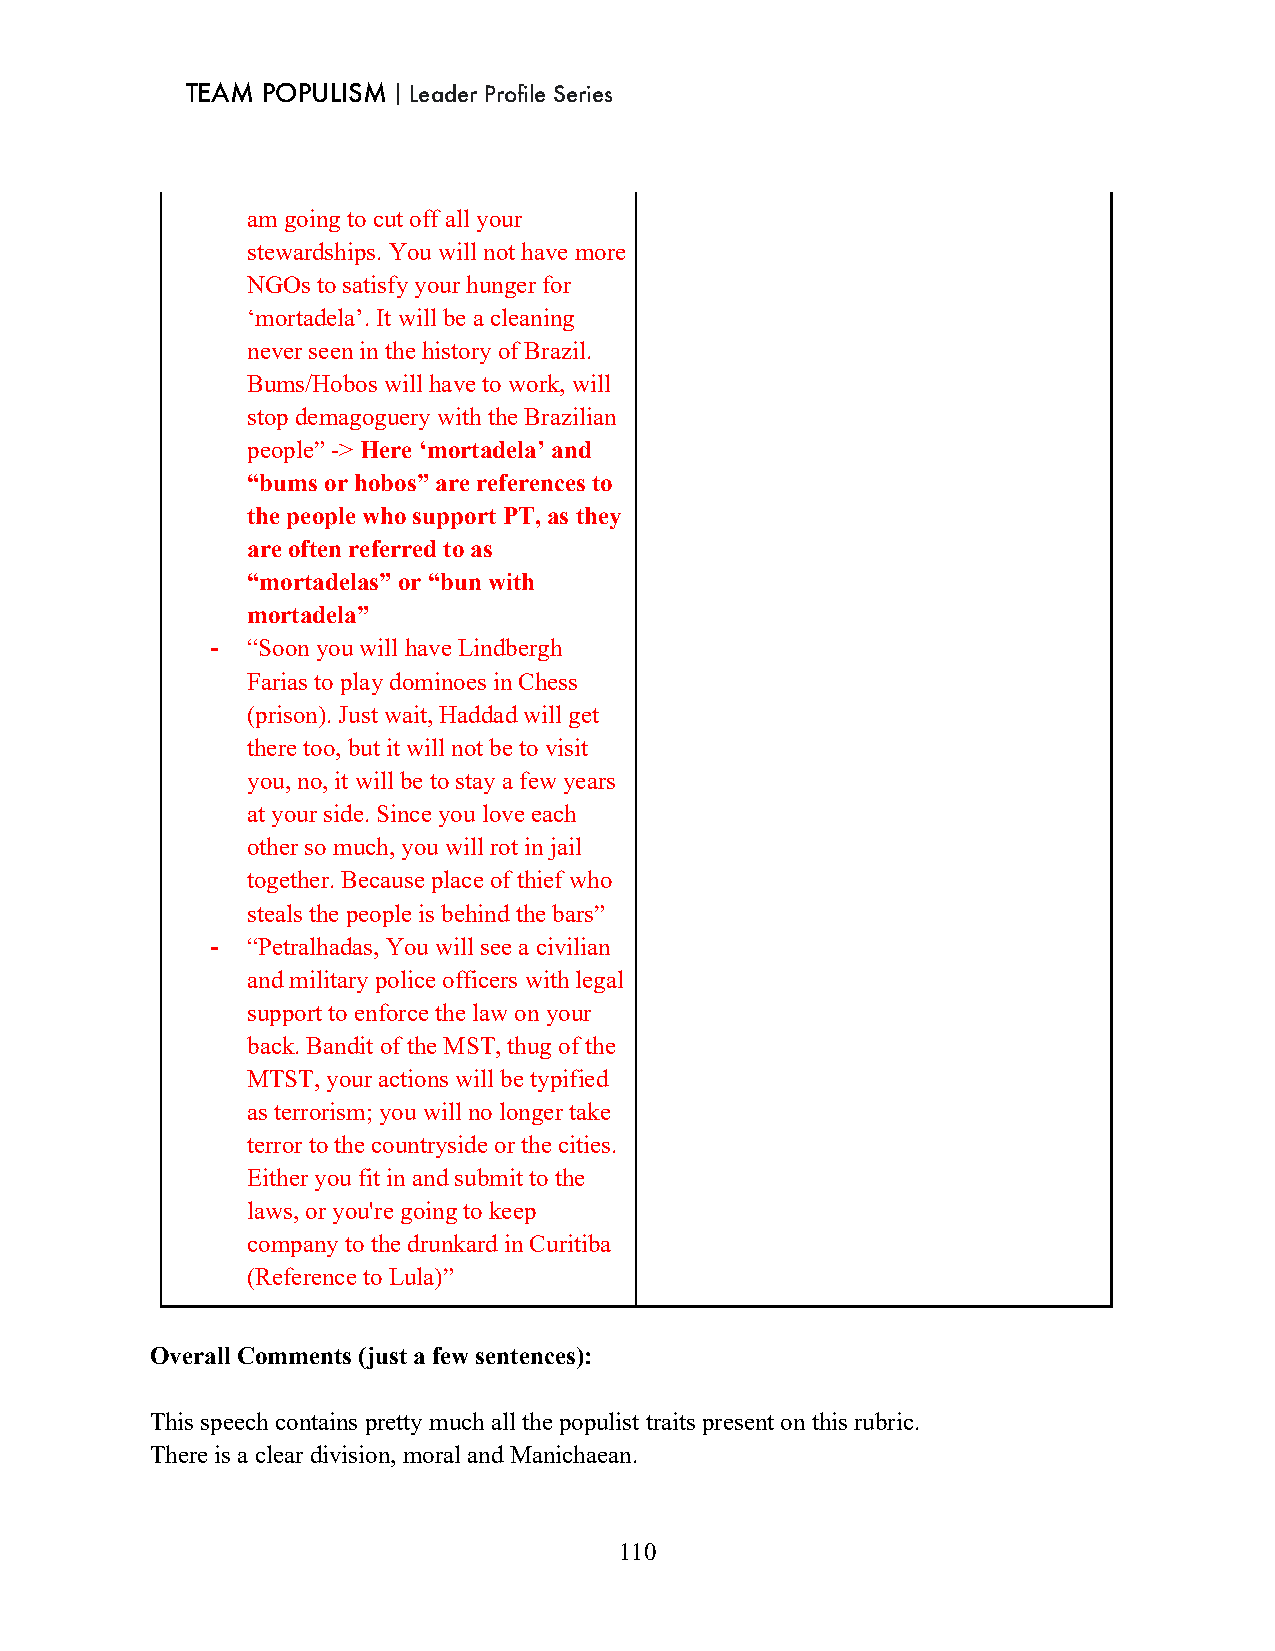
TEAM POPULISM｜Leader Profile Series
 am going to cut off all your
 stewardships. You will not have more
 NGOs to satisfy your hunger for
 ‘mortadela’. It will be a cleaning
 never seen in the history of Brazil.
 Bums/Hobos will have to work, will
 stop demagoguery with the Brazilian
 people” -> Here ‘mortadela’ and
 “bums or hobos” are references to
 the people who support PT, as they
 are often referred to as
 “mortadelas” or “bun with
 mortadela”
 - “Soon you will have Lindbergh
 Farias to play dominoes in Chess
 (prison). Just wait, Haddad will get
 there too, but it will not be to visit
 you, no, it will be to stay a few years
 at your side. Since you love each
 other so much, you will rot in jail
 together. Because place of thief who
 steals the people is behind the bars”
 - “Petralhadas, You will see a civilian
 and military police officers with legal
 support to enforce the law on your
 back. Bandit of the MST, thug of the
 MTST, your actions will be typified
 as terrorism; you will no longer take
 terror to the countryside or the cities.
 Either you fit in and submit to the
 laws, or you're going to keep
 company to the drunkard in Curitiba
 (Reference to Lula)”
 Overall Comments (just a few sentences):
 This speech contains pretty much all the populist traits present on this rubric.
 There is a clear division, moral and Manichaean.
 110